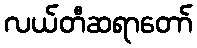
လယ်တီဆရာတော်